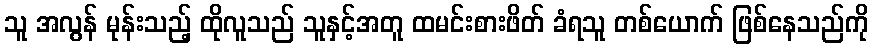
သူ အလွန် မုန်းသည့် ထိုလူသည် သူနှင့်အတူ ထမင်းစားဖိတ် ခံရသူ တစ်ယောက် ဖြစ်နေသည်ကို